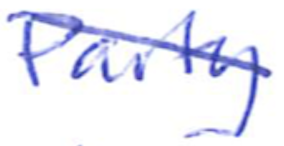
Text: Party
Cross-out: diagonal
Writing tool: ballpoint